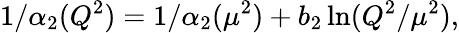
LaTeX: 1/\alpha_{2}(Q^{2})=1/\alpha_{2}(\mu^{2})+b_{2}\ln(Q^{2}/\mu^{2}),